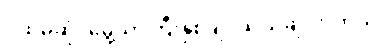
ပထမဆုံး မွေ့ယာကြီးနှစ်ချပ်သယ်ချလာတယ်။